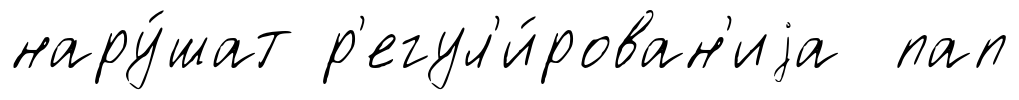
нару́шат р'егул'и́рован'иjа пап